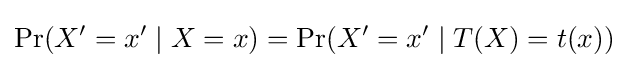
\Pr(X'=x'\mid X=x)=\Pr(X'=x'\mid T(X)=t(x))